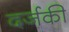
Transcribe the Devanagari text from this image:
दर्जकी